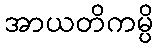
အာယတိကမ္ပိ